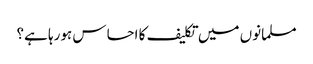
مسلمانوں میں تکلیف کا احساس ہورہا ہے؟